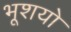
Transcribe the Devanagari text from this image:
भूशयो